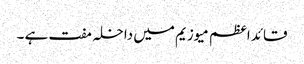
قائد اعظم میوزیم میں داخلہ مفت ہے ۔